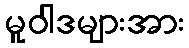
မူဝါဒများအား